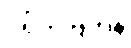
ဂရိတ်ဗြိတိန်